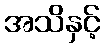
အသိနှင့်